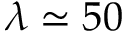
\lambda \simeq 5 0